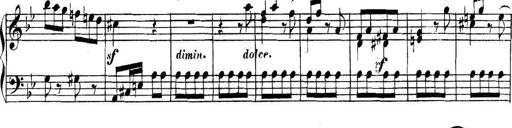
Title: Collected Piano Sonatas
Composer: Muzio Clementi